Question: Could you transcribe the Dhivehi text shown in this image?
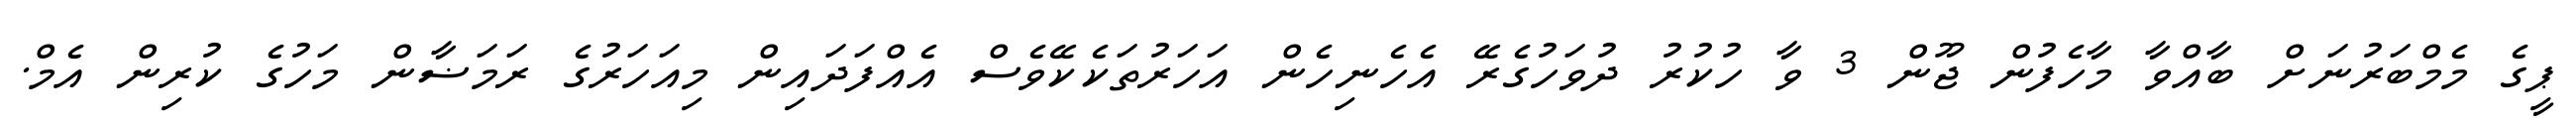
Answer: ޕީގެ މެމްބަރުނަށް ބާއްވާ މާހެފުން ޖޫން 3 ވާ ހުކުރު ދުވަހުގެރޭ އެހެނިހެން އަހަރުތަކެކޭވެސް އެއްފަދައިން މިއަހަރުގެ ރަމަޟާން މަހުގެ ކުރިން އެމް.